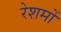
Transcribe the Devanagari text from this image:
रेशमों